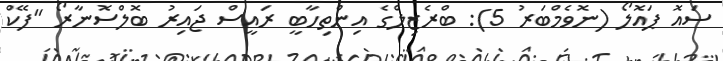
ސައޮ ޕައޮލޯ (ނޮވެމްބަރު 5): ބްރެޒިލްގެ އިންތިހާބީ ރައީސް ޖައިރު ބޮލްސޮނާރޯ "ފޭކް